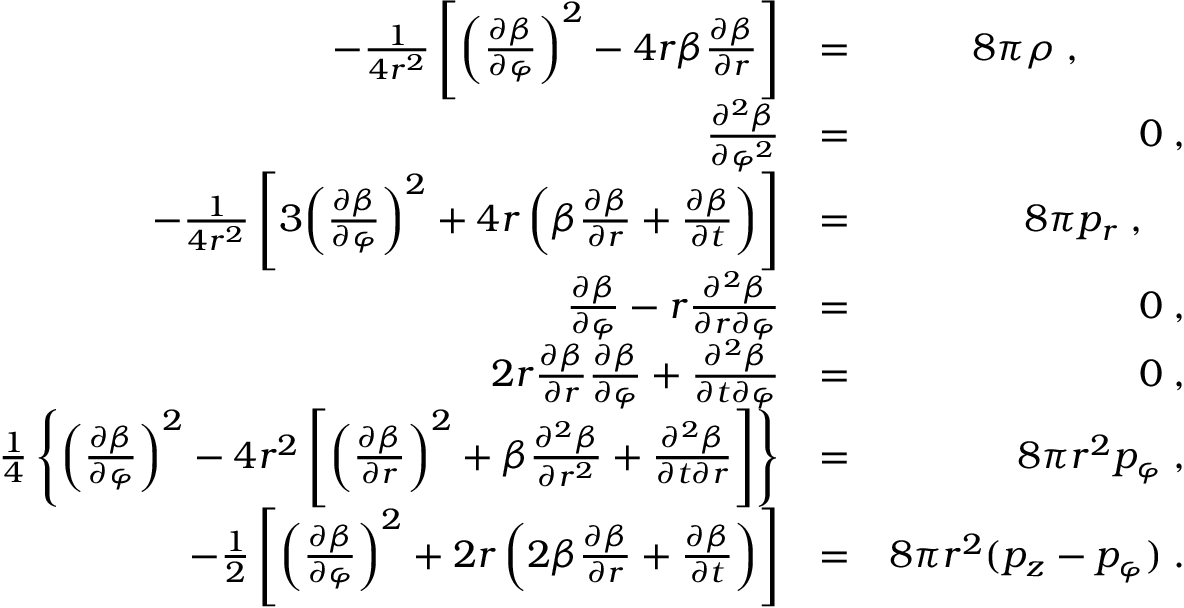
\begin{array} { r l r } { - \frac { 1 } { 4 r ^ { 2 } } \left[ \left( \frac { \partial \beta } { \partial \varphi } \right) ^ { 2 } - 4 r \beta \frac { \partial \beta } { \partial r } \right] } & { = } & { 8 \pi \rho \; , \; \; \; \; \; \; \; \; \; \; } \\ { \frac { \partial ^ { 2 } \beta } { \partial \varphi ^ { 2 } } } & { = } & { 0 \; , } \\ { - \frac { 1 } { 4 r ^ { 2 } } \left[ 3 \! \left( \frac { \partial \beta } { \partial \varphi } \right) ^ { 2 } + 4 r \left( \beta \frac { \partial \beta } { \partial r } + \frac { \partial \beta } { \partial t } \right) \right] } & { = } & { 8 \pi p _ { r } \; , \; \; \; \; } \\ { \frac { \partial \beta } { \partial \varphi } - r \frac { \partial ^ { 2 } \beta } { \partial r \partial \varphi } } & { = } & { 0 \; , } \\ { 2 r \frac { \partial \beta } { \partial r } \frac { \partial \beta } { \partial \varphi } + \frac { \partial ^ { 2 } \beta } { \partial t \partial \varphi } } & { = } & { 0 \; , } \\ { \frac { 1 } { 4 } \left\{ \left( \frac { \partial \beta } { \partial \varphi } \right) ^ { 2 } - 4 r ^ { 2 } \left[ \left( \frac { \partial \beta } { \partial r } \right) ^ { 2 } + \beta \frac { \partial ^ { 2 } \beta } { \partial r ^ { 2 } } + \frac { \partial ^ { 2 } \beta } { \partial t \partial r } \right] \right\} } & { = } & { 8 \pi r ^ { 2 } p _ { \varphi } \; , } \\ { - \frac { 1 } { 2 } \left[ \left( \frac { \partial \beta } { \partial \varphi } \right) ^ { 2 } + 2 r \left( 2 \beta \frac { \partial \beta } { \partial r } + \frac { \partial \beta } { \partial t } \right) \right] } & { = } & { 8 \pi r ^ { 2 } ( p _ { z } - p _ { \varphi } ) \; . } \end{array}